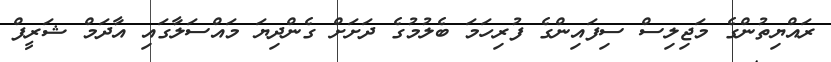
ރައްޔިތުންގެ މަޖިލިސް ސިފައިންގެ ފުރިހަމަ ބެލުމުގެ ދަށަށް ގެންދިޔަ މައްސަލާގައި އާދަމް ޝަރީފް